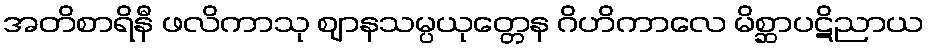
အတိစာရိနီ ဖလိကာသု ဈာနသမ္ပယုတ္တေန ဂိဟိကာလေ မိစ္ဆာပဋိညာယ